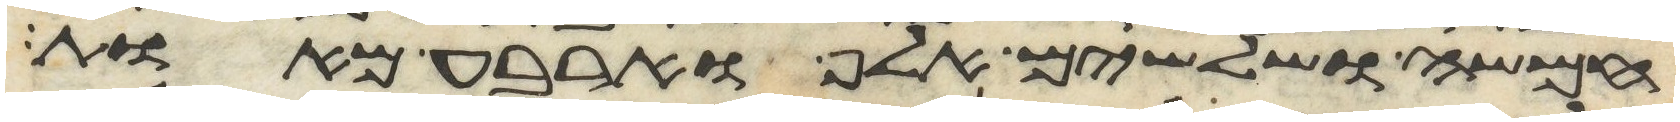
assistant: חמשה ושלשים אלף וארבע מאות